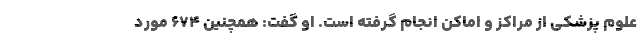
علوم پزشکی از مراکز و اماکن انجام گرفته است. او گفت: همچنین ۶۷۴ مورد